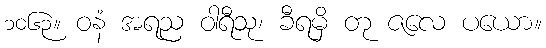
၁၀၆၃။ ဝနံ အရည ဝါရီသု၊ ခီရမှိ တု ဇလေ ပယော။